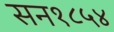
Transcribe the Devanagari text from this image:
सन१८५४